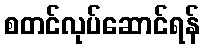
စတင်လုပ်ဆောင်ရန်